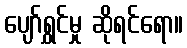
ပျော်ရွှင်မှု ဆိုရင်ရော။